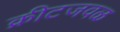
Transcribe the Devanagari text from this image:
क्रीटजवळ